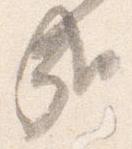
哉